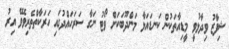
ޝިފާޒު ވިދާޅުވީ މީޑިއާތަކުން ކަނޑައަޅާ މަންދޫބަކަށް ވޯޓު ނަގާ ސަރަހައްދުގައި ހަރަކާތްތެރިވެވޭ އިރު